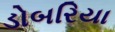
ડોબરિયા